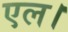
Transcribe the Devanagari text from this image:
एल।